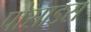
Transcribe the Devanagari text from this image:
पोसाडस